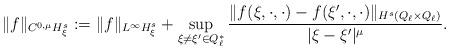
LaTeX: \begin{align*}\|f\|_{C^{0,\mu}H_\xi^s}:=\|f\|_{L^\infty H_\xi^s} +\sup_{\xi\neq \xi'\in Q_\ell^*}\frac{\|f(\xi,\cdot,\cdot)-f(\xi',\cdot,\cdot)\|_{H^s(Q_\ell\times Q_\ell)}}{|\xi-\xi'|^\mu}.\end{align*}